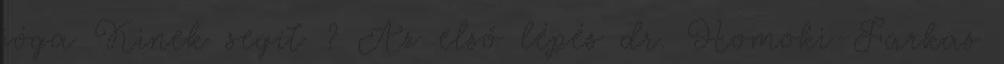
jóga Kinek segít ? Az első lépés dr. Homoki-Farkas